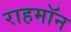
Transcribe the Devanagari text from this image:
राहमॉन